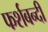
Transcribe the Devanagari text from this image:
फर्शबन्दी